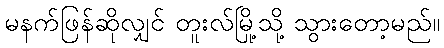
မနက်ဖြန်ဆိုလျှင် တူးလ်မြို့သို့ သွားတော့မည်။